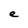
Character: e